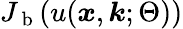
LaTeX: J_{\mathrm{~b~}}(u(\boldsymbol{x},\boldsymbol{k};\Theta))